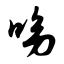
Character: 呦